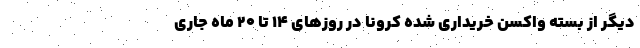
دیگر از بسته واکسن خریداری شده کرونا در روزهای ۱۴ تا ۲۰ ماه جاری